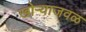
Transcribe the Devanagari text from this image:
खोऱ्याजवळ